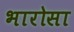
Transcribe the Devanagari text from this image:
भारोसा